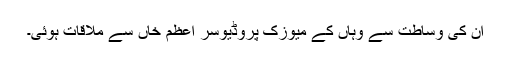
ان کی وساطت سے وہاں کے میوزک پروڈیوسر اعظم خاں سے ملاقات ہوئی۔